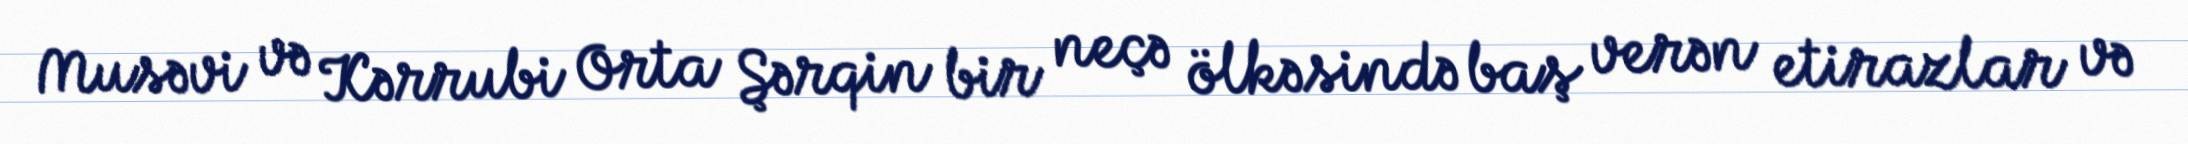
Musəvi və Kərrubi Orta Şərqin bir neçə ölkəsində baş verən etirazlar və